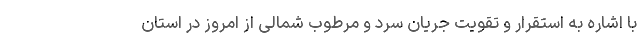
با اشاره به استقرار و تقویت جریان سرد و مرطوب شمالی از امروز در استان